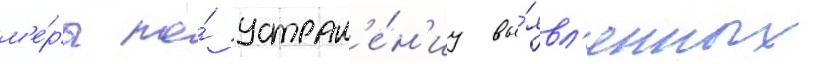
м'е́ры по́ устран'е́н'иу вы́явл'енных